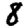
Digit: 8